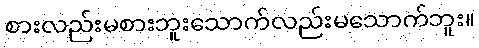
စားလည်းမစားဘူးသောက်လည်းမသောက်ဘူး။